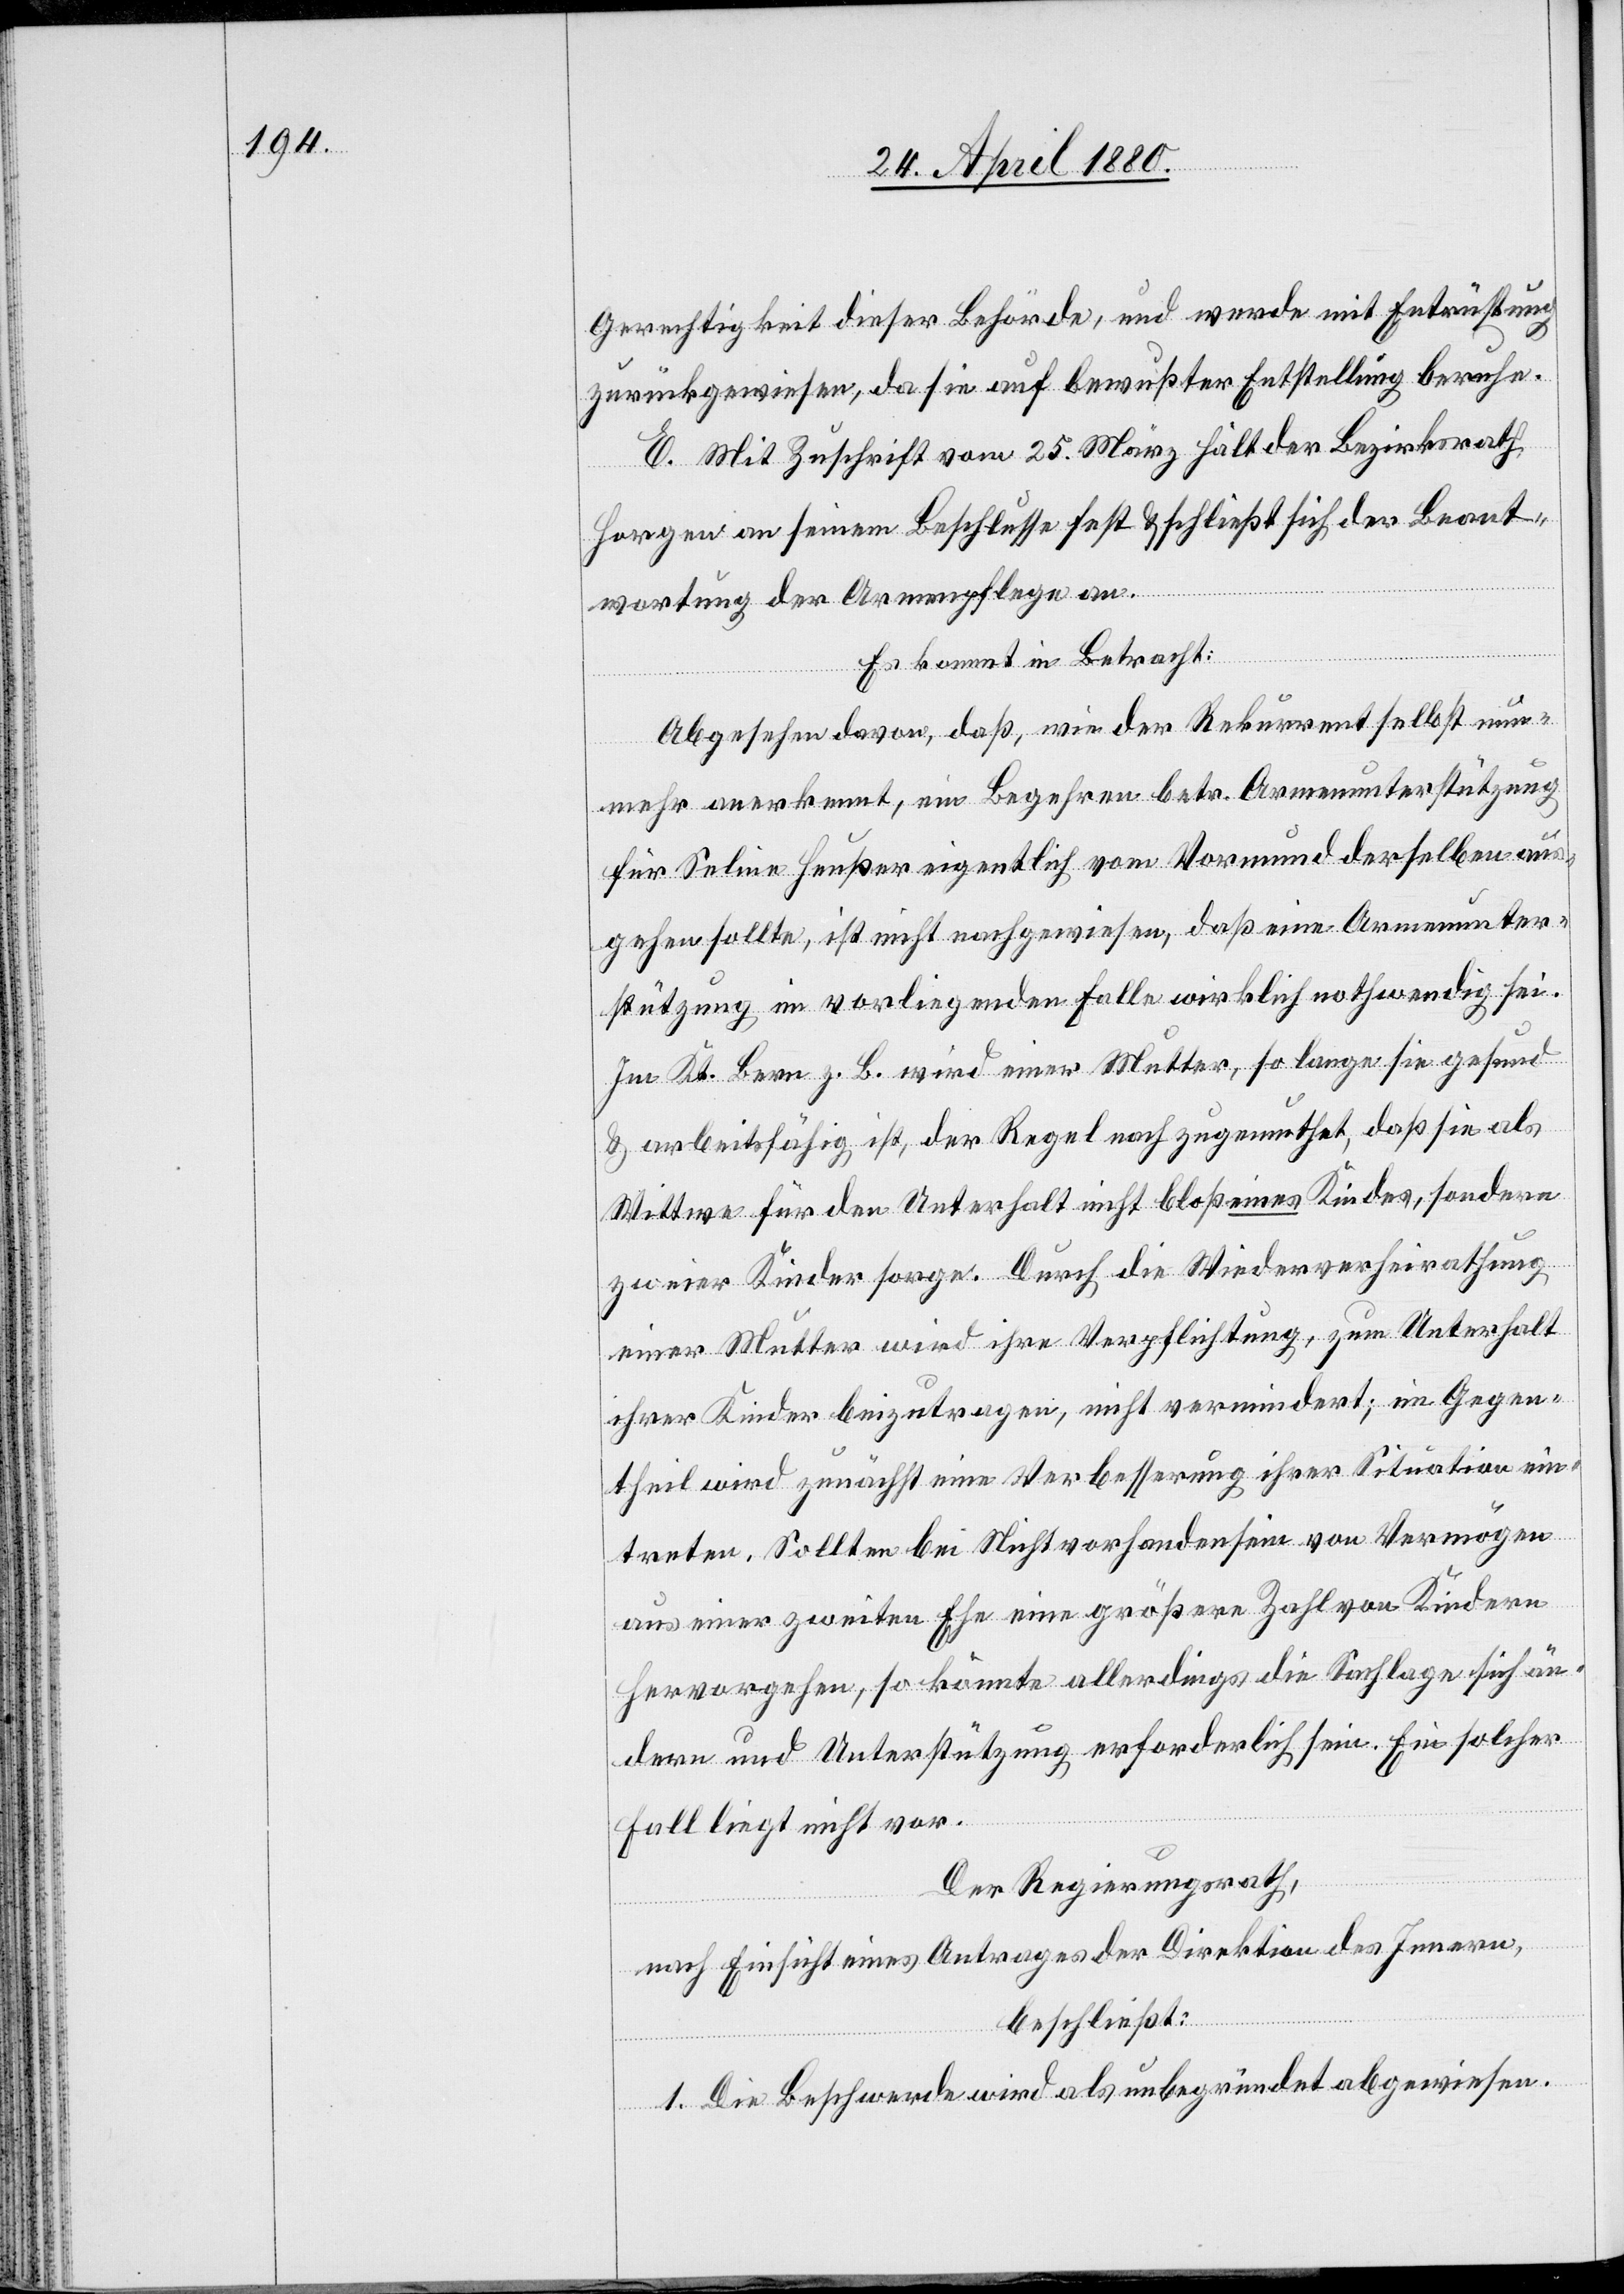
Gerechtigkeit dieser Behörde, und werde mit Entrüstung
zurückgewiesen, da sie auf bewußter Entstellung beruhe.
E. Mit Zuschrift vom 25. März hält der Bezirksrath
Horgen an seinem Beschlusse fest & schließt sich der Beant¬
wortung der Armenpflege an.
Es kommt in Betracht:
Abgesehen davon, daß, wie der Rekurrent selbst nun¬
mehr anerkennt, ein Begehren betr. Armenunterstützung
für Seline Heußer eigentlich vom Vormund derselben aus¬
gehen sollte, ist nicht nachgewiesen, daß eine Armenunter¬
stützung im vorliegenden Falle wirklich nothwendig sei.
Im Kt. Bern z. B. wird einer Mutter, so lange sie gesund
& arbeitsfähig ist, der Regel nach zugemuthet, daß sie als
Wittwe für den Unterhalt nicht bloß eines Kindes, sondern
zweier Kinder sorge. Durch die Wiederverheirathung
einer Mutter wird ihre Verpflichtung, zum Unterhalt
ihrer Kinder beizutragen, nicht vermindert; im Gegen¬
theil wird zunächst eine Verbesserung ihrer Situation ein¬
treten. Sollten bei Nichtvorhandensein von Vermögen
aus einer zweiten Ehe eine größere Zahl von Kindern
hervorgehen, so könnte allerdings die Sachlage sich än¬
dern und Unterstützung erforderlich sein. Ein solcher
Fall liegt nicht vor.
Der Regierungsrath;
nach Einsicht eines Antrages der Direktion des Innern,
beschließt:
1. Die Beschwerde wird als unbegründet abgewiesen.